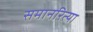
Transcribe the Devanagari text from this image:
समानरित्या